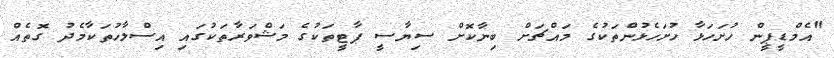
"އެމްޑީޕީން ހުށަހަޅާ ހުށަހެޅުންތަކުގެ މައްޗަށް ބިނާކޮށް ސިޔާސީ ޕާޓީތަކުގެ މަޝްވަރާތަކުގައި އިސްލާހުތަކާމެދު ގޮތެއް